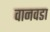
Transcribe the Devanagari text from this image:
वानवडा